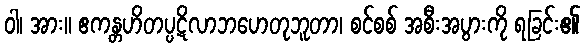
ဝါ၊ အား။ ဧကန္တဟိတပ္ပဋိလာဘဟေတုဘူတာ၊ စင်စစ် အစီးအပွားကို ရခြင်း၏